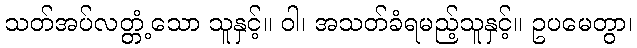
သတ်အပ်လတ္တံ့သော သူနှင့်။ ဝါ၊ အသတ်ခံရမည့်သူနှင့်။ ဥပမေတွာ၊